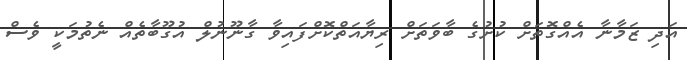
އަދި ޒަމާނާ އެއްގޮތަށް ކުށުގެ ބާވަތަށް ރިޔާއަތްކޮށްފައިވާ ގާނޫނުލް އުގޫބާތެއް ނެތުމަކީ ވެސް